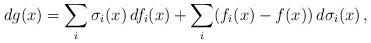
LaTeX: \begin{align*}dg(x) =\sum_i \sigma_i(x) \, df_i(x) + \sum_i (f_i(x) - f(x)) \, d\sigma_i(x) \, , \end{align*}